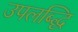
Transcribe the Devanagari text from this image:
उपलब्द्धि